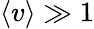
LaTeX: \left\langle v\right\rangle\gg 1